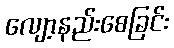
လျော့နည်းစေခြင်း